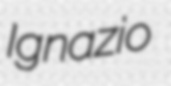
Ignazio